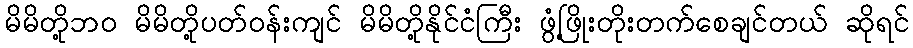
မိမိတို့ဘဝ မိမိတို့ပတ်ဝန်းကျင် မိမိတို့နိုင်ငံကြီး ဖွံ့ဖြိုးတိုးတက်စေချင်တယ် ဆိုရင်